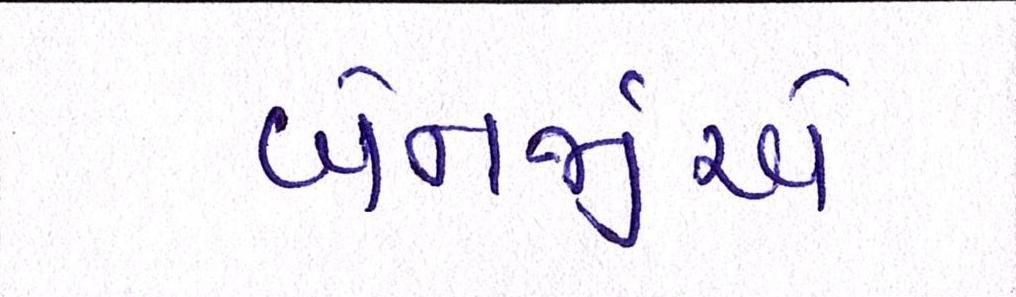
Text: બેનર્જીએ